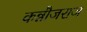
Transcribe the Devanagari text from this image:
कन्नौजराज